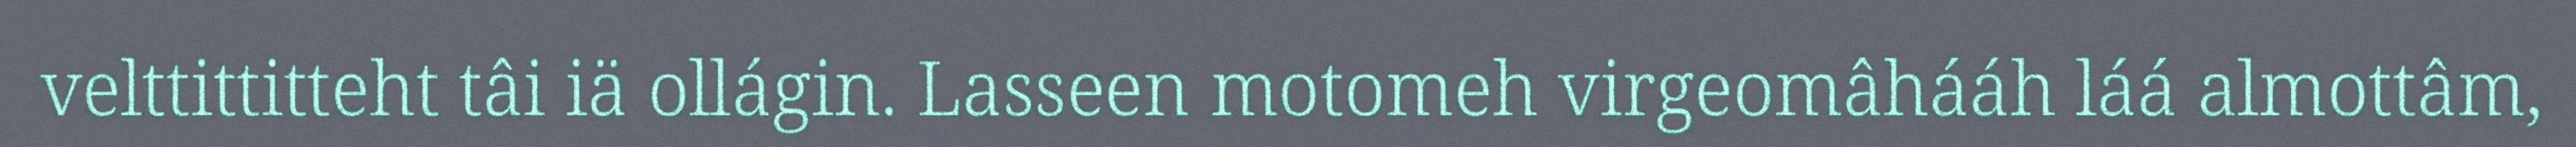
velttittitteht tâi iä ollágin. Lasseen motomeh virgeomâhááh láá almottâm,